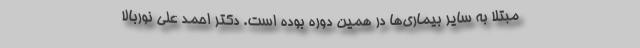
مبتلا به سایر بیماری‌ها در همین دوره بوده است. دکتر احمد علی نوربالا